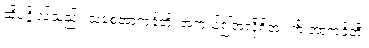
ထိုပုဂ္ဂိုလ်သည်။ သစေအာကင်္ခတိ၊ အကယ်၍အလိုရှိအံ့။ ကိံ အာကင်္ခတိ၊